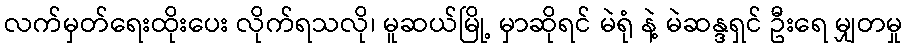
လက်မှတ်ရေးထိုးပေး လိုက်ရသလို၊ မူဆယ်မြို့ မှာဆိုရင် မဲရုံ နဲ့ မဲဆန္ဒရှင် ဦးရေ မျှတမှု